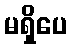
မရှိပေ